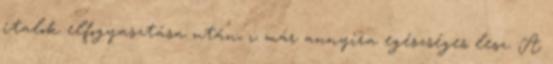
italok elfogyasztása után, ı már annyira egészséges lesz. A